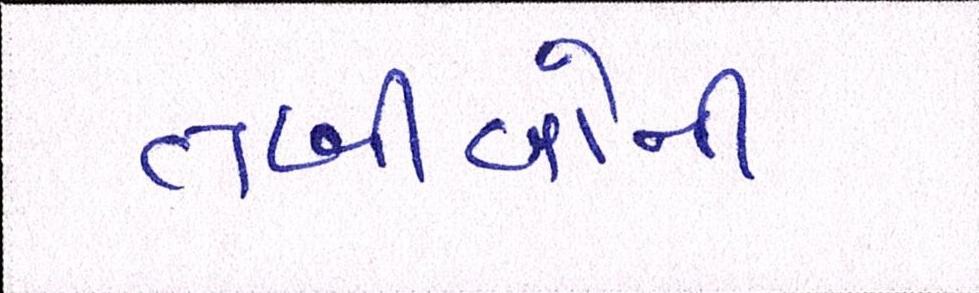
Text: તબીબોની